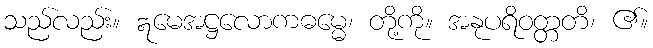
သည်လည်း။ ဣမေအဋ္ဌလောကဓမ္မေ၊ တို့ကို။ အနုပရိဝတ္တတိ၊ ၏။